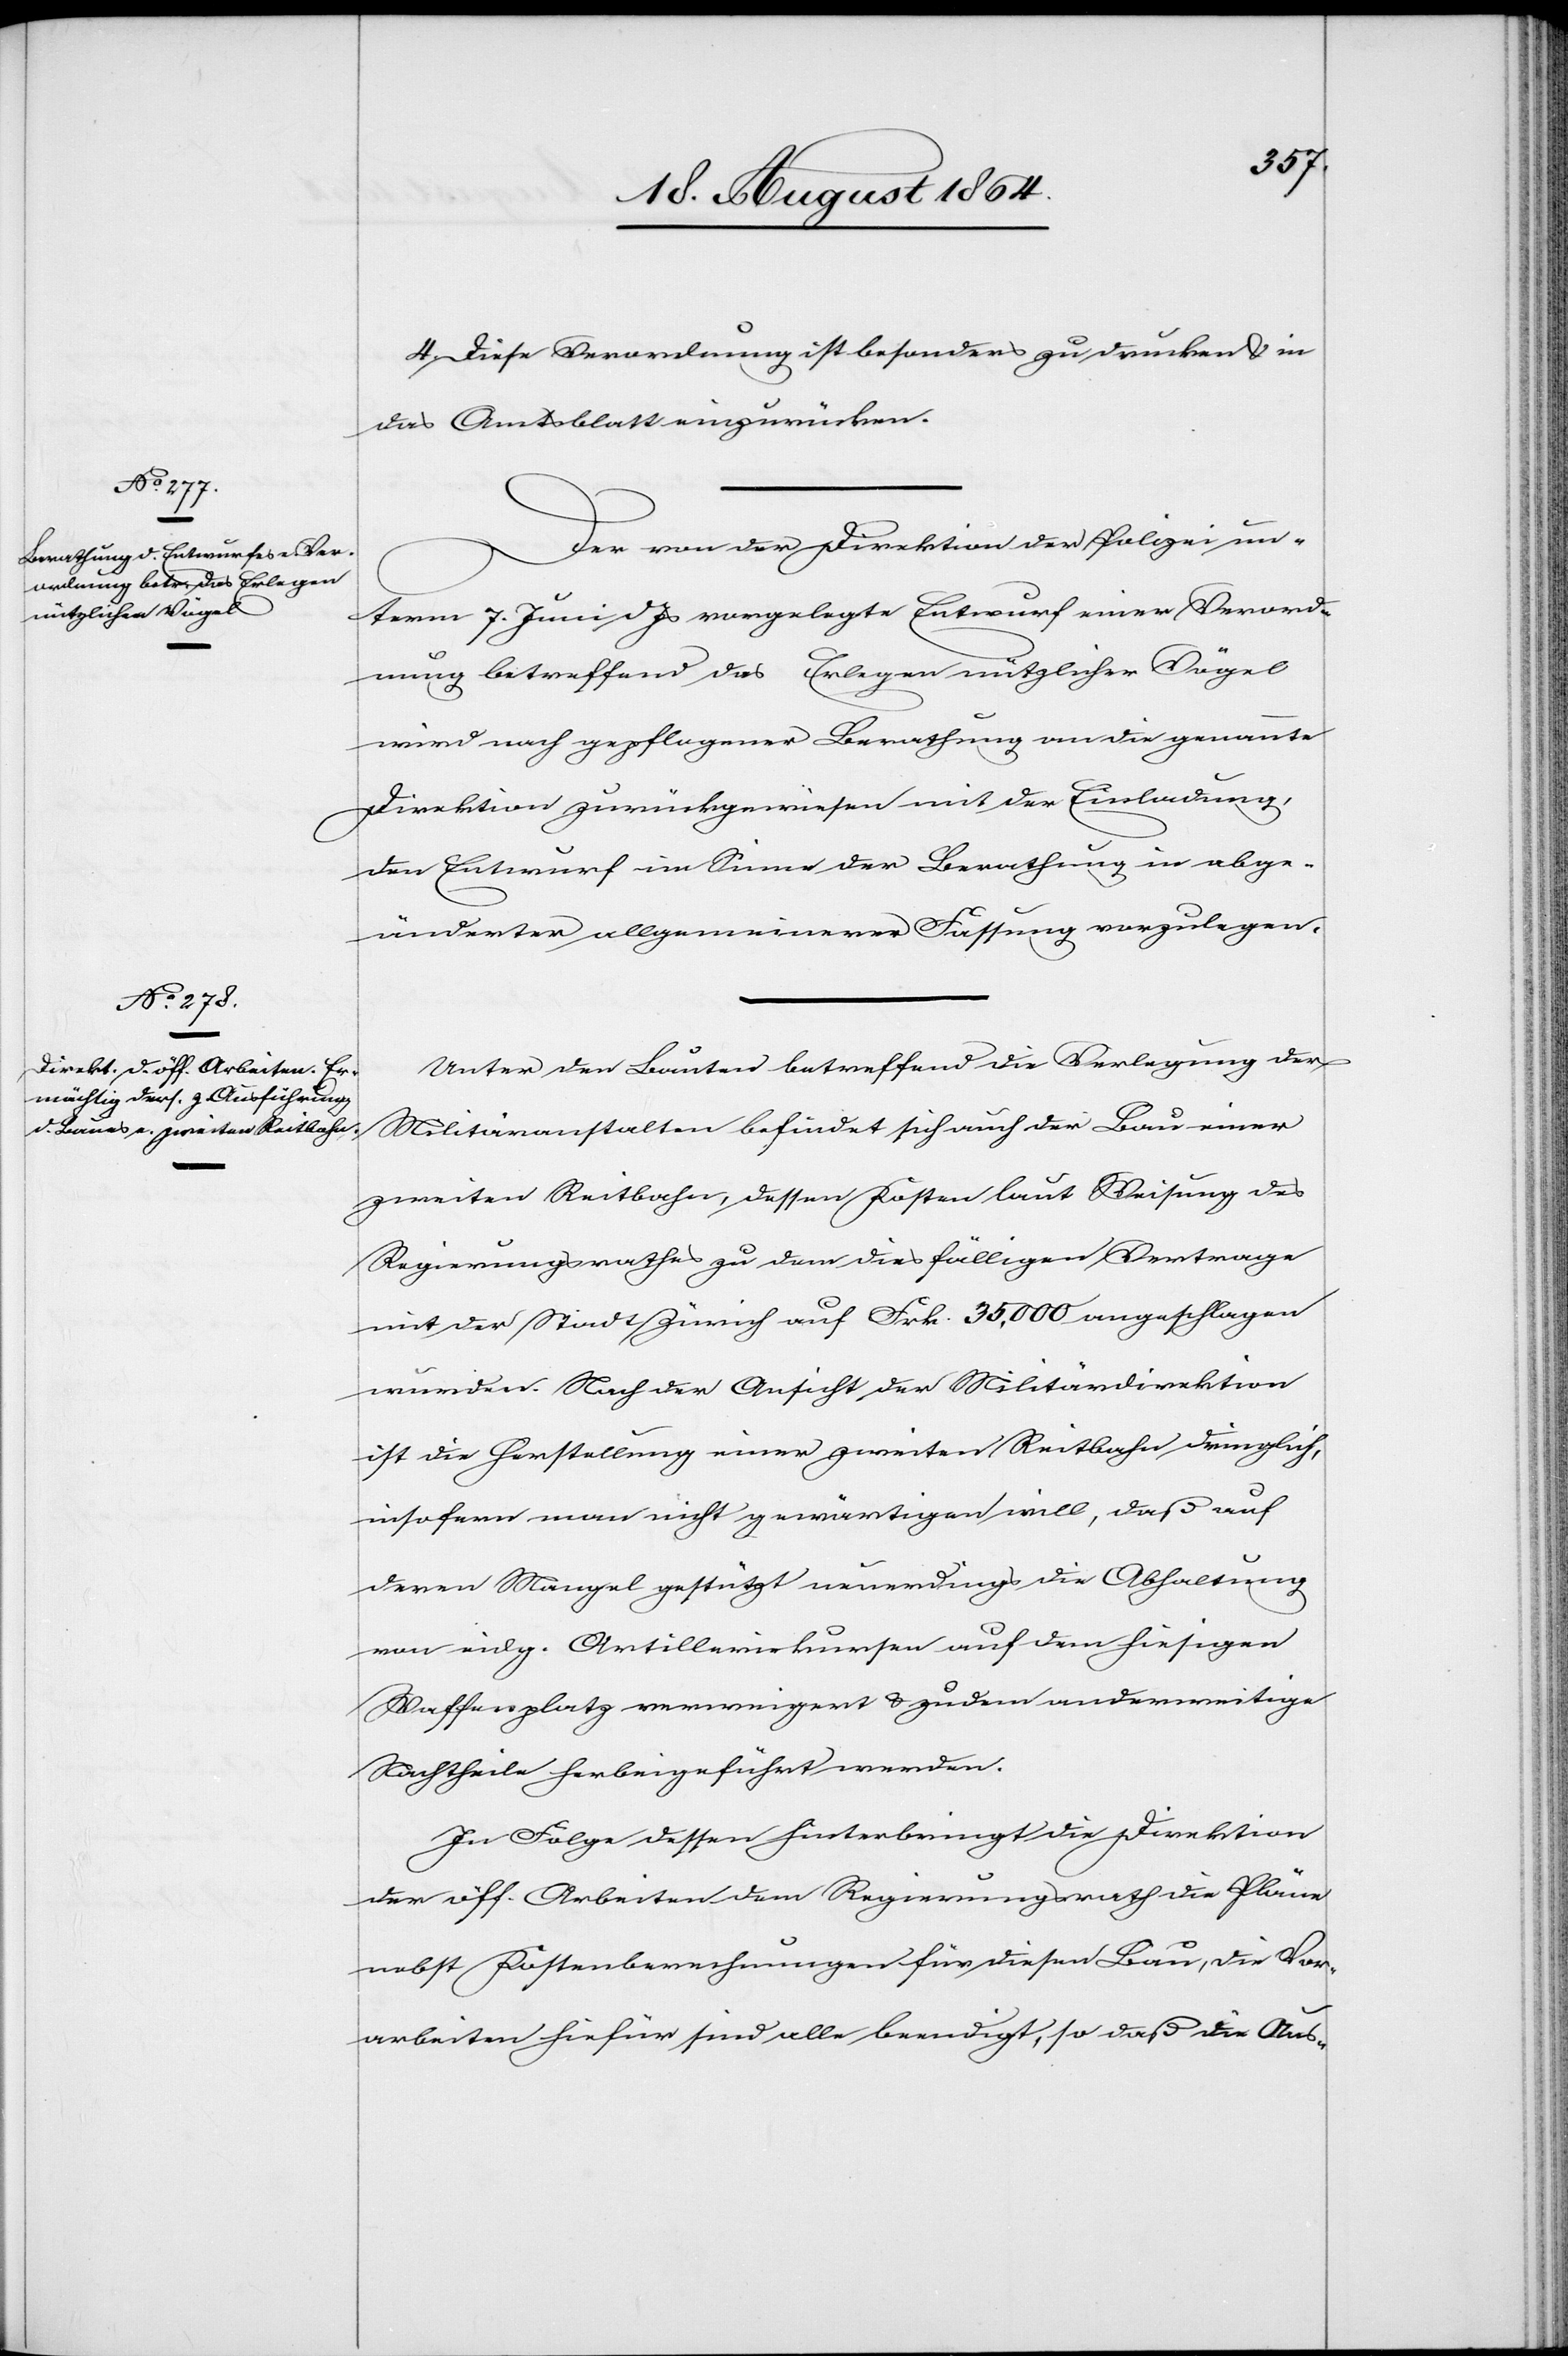
4. Diese Verordnung ist besonders zu drucken & in
das Amtsblatt einzurücken.
Der von der Direktion der Polizei un¬
term 7. Juni d. Js. vorgelegte Entwurf einer Verord¬
nung betreffend das Erlegen nützlicher Vögel
wird nach gepflogener Berathung an die genannte
Direktion zurückgewiesen mit der Einladung,
den Entwurf im Sinne der Berathung in abge¬
änderter allgemeiner Fassung vorzulegen.
Unter den Bauten betreffend die Verlegung der
Militäranstalten befindet sich auch der Bau einer
zweiten Reitbahn, dessen Kosten laut Weisung des
Regierungsrathes zu dem diesfälligen Vertrage
mit der Stadt Zürich auf Frk. 35,000 angeschlagen
wurden. Nach Ansicht der Militärdirektion
ist die Herstellung einer zweiten Reitbahn dringlich,
insofern man nicht gewärtigen will, daß auf
deren Mangel gestützt neuerdings die Abhaltung
von eidg. Artilleriekursen auf dem hiesigen
Waffenplatz verweigert & zudem anderweitige
Nachtheile herbeigeführt werden.
In Folge dessen hinterbringt die Direktion
der öff. Arbeiten dem Regierungsrath die Pläne
nebst Kostenberechnungen für diesen Bau, die Vor¬
arbeiten hiefür sind alle beendigt, so daß die Aus-